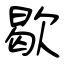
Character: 歇